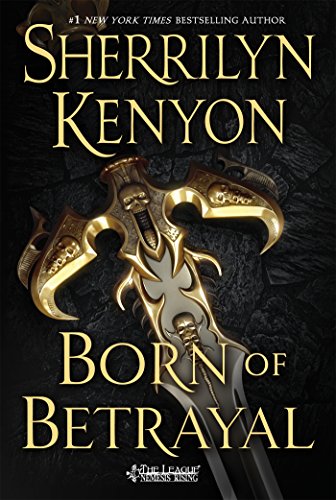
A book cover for Born of Betrayal (The League: Nemesis Rising); Sherrilyn Kenyon; Science Fiction & Fantasy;